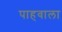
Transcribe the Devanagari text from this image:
पाहवाला